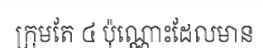
ក្រុមតែ ៤ ប៉ុណ្ណោះដែលមាន